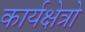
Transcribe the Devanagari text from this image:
कार्यक्षेत्रो